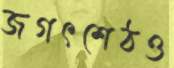
জগৎশেঠও